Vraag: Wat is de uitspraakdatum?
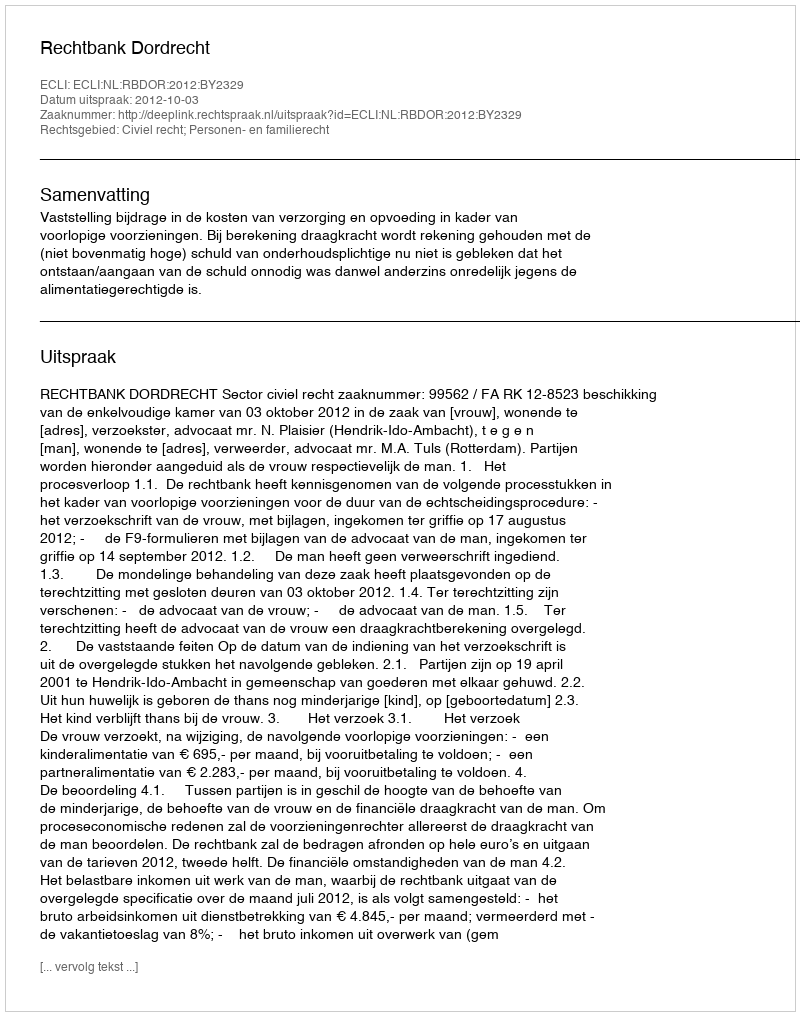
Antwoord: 2012-10-03